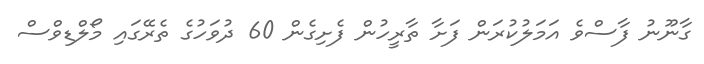
ގާނޫނު ފާސްވެ އަމަލުކުރަން ފަށާ ތާރީހުން ފެށިގެން 60 ދުވަހުގެ ތެރޭގައި މޯލްޑިވްސް